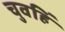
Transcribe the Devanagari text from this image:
चुवहिं